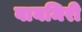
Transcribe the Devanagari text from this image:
वायमिरी